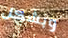
وبشكل